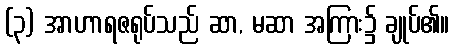
(၃) အာဟာရဇရုပ်သည် ဆာ, မဆာ အကြား၌ ချုပ်၏။